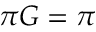
\pi G = \pi